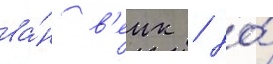
ва́н в'еик / до́